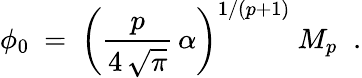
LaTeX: \phi_{0}\ =\ \left(\frac{p}{4\, \sqrt{\pi}}\, \alpha\right)^{1/(p+1)}\ M_{p}\; \; .